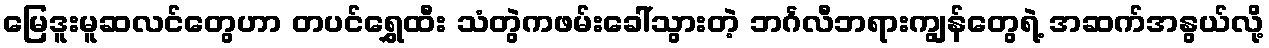
မြေဒူးမူဆလင်တွေဟာ တပင်ရွှေထီး သံတွဲကဖမ်းခေါ်သွားတဲ့ ဘင်္ဂလီဘရားကျွန်တွေရဲ့ အဆက်အနွယ်လို့